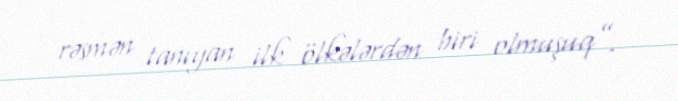
rəsmən tanıyan ilk ölkələrdən biri olmuşuq”.